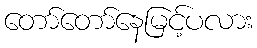
တော်တော်နေမြင့်ပလား